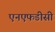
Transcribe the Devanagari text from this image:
एनएफडीसी